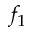
f _ { 1 }